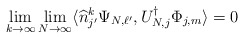
\begin{align*} \lim_{k\to \infty} \lim_{N\to \infty} \langle \widehat n_{j'}^k \Psi_{N,\ell'}, U_{N,j}^\dagger \Phi_{j,m} \rangle =0\end{align*}